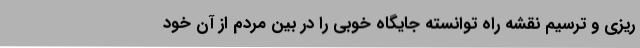
ریزی و ترسیم نقشه راه توانسته جایگاه خوبی را در بین مردم از آن خود